Annual report of the Camel Specialist
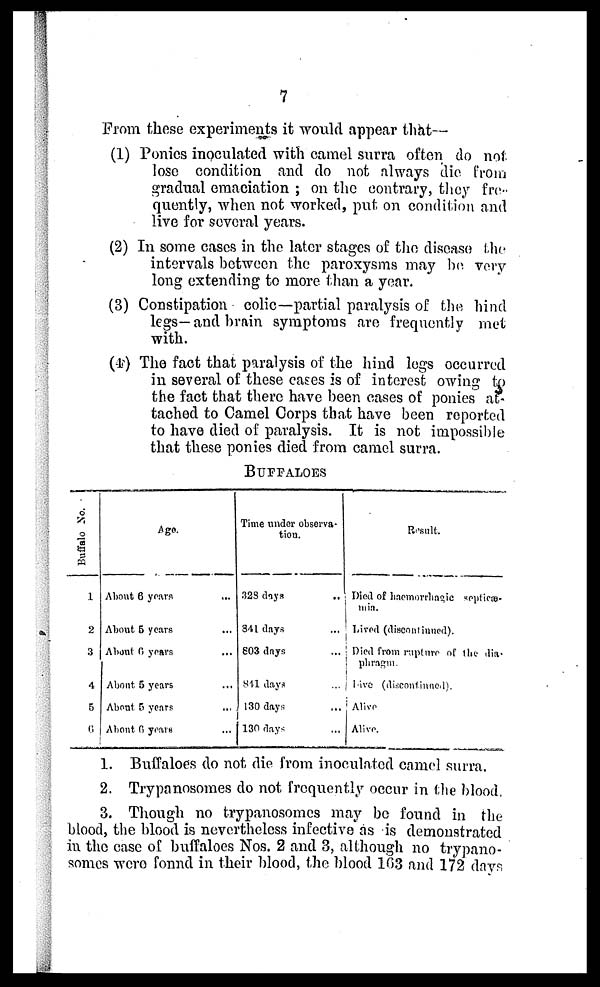
7
From these experiments it would appear that—
(1) Ponies inoculated with camel surra often do not
lose condition and do not always die from
gradual emaciation ; on the contrary, they fre-
quently, when not worked, put on condition and
live for several years.
(2) In some cases in the later stages of the disease the
intervals between the paroxysms may be very
long extending to more than a year.
(3) Constipation colic—partial paralysis of the hind
legs— and brain symptoms are frequently met
with.
(4) The fact that paralysis of the hind legs occurred
in several of these cases is of interest owing to
the fact that there have been cases of ponies at
tached to Camel Corps that have been reported
to have died of paralysis. It is not impossible
that these ponies died from camel surra.
BUFFALOES
Buffalo No.
1
2
3
4
5
6
Age.
About 6 years ...
About 5 years ...
About 6 years
...
About 5 years ...
About 5 years ...
About 6 years ...
Time under observa-
tion.
328 days ...
841 days ...
803 days ...
841 days ...
130 days ...
130 days ...
Result.
Died of haemorrhagic septicæ-
mia.
Lived (discontinued).
Died from rapture of the dia-
phragm.
A1ive (discontinued)
Alive
Alive.
1. Buffaloes do not die from inoculated camel surra.
2. Trypanosomes do not frequently occur in the blood.
3. Though no trypanosomes may be found in the
blood, the blood is nevertheless infective as is demonstrated
in the case of buffaloes Nos. 2 and 3, although no trypano-
somes were fonnd in their blood, the blood 163 and 172 days